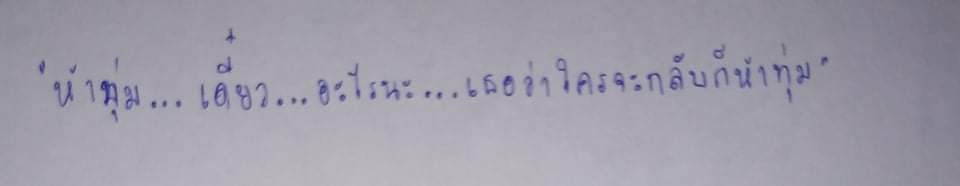
"ห้าทุ่ม...เดี๋ยว...อะไรนะ...เธอว่าใครจะกลับก็ห้าทุ่ม"